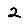
Digit: 2